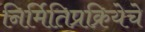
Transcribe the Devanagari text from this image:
निर्मितिप्रक्रियेचे